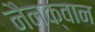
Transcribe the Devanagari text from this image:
नैनक्वान